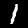
Digit: 1